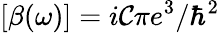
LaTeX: [\beta(\omega)]=i\mathcal{C}\pi e^{3}/\hbar^{2}